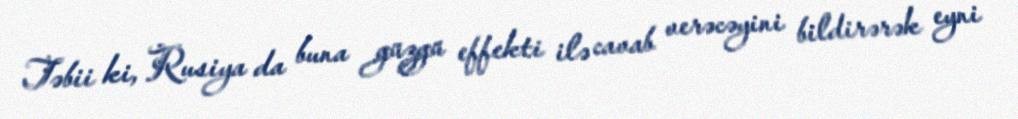
Təbii ki, Rusiya da buna güzgü effekti ilə cavab verəcəyini bildirərək eyni